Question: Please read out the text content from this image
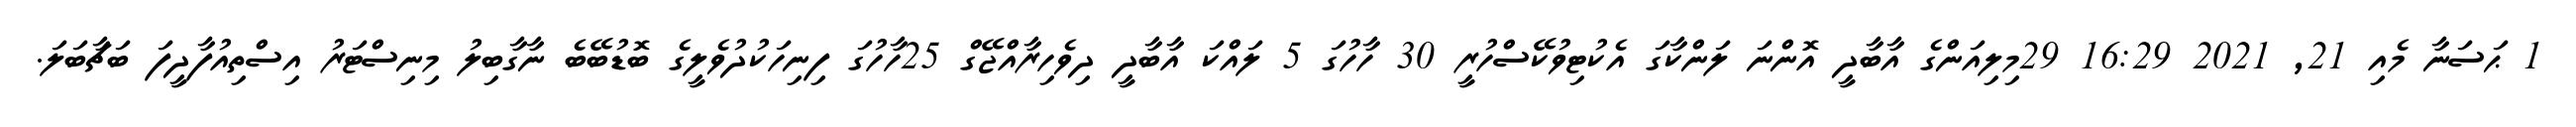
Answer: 1 ޙަސަނާ މެއި 21, 2021 16:29 29މިލިއަންގެ އާބާދީ އޮންނަ ލަންކާގަ އެކުޓިވުކޭސްހުރީ 30 ހާހުގަ 5 ލައްކަ އާބާދީ ދިވެހިރާއްޖޭގް 25ހާހުގަ ފިނިހަކުދުވެލީގެ ބޮޑުބޭބެ ނާގާބިލު މިނިސްޓަރު އިސްތިއުފާދީފަ ބަޗާބަލަ.